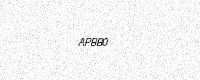
Text: APBB0